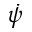
\dot { \psi }